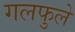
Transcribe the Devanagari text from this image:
गलफुले